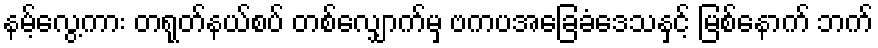
နမ့်လွေ့ကား တရုတ်နယ်စပ် တစ်လျှောက်မှ ဗကပအခြေခံဒေသနှင့် မြစ်နောက် ဘက်